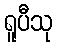
ရူပီသု